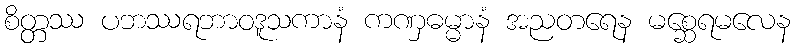
စိတ္တဿ ပဘဿရဘာဝဒူသကာနံ ကဏှဓမ္မာနံ အညတရေန မစ္ဆေရမလေန